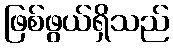
ဖြစ်ဖွယ်ရှိသည်